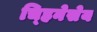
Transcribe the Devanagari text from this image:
च्हिनेसेय